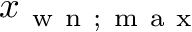
x _ { \mathrm { ~ w ~ n ~ } ; \mathrm { ~ m ~ a ~ x ~ } }